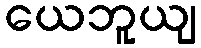
ယေဘူယျ